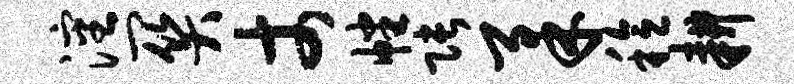
沈关丈幡张柔稔耕